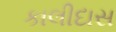
કાલીદાસ